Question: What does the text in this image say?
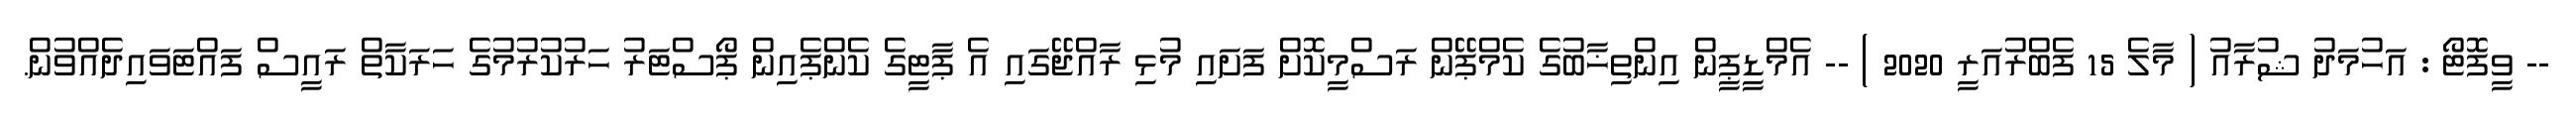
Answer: -- ވީފޮޓޯ : އަހުމަދު ޝުރާއު ( މާލެ 15 ފެބްރުއަރީ 2020 ) -- އެމްޑީޕީން އިންތިޚާބުގެ ކެމްޕޭން ރަސްމީކޮށް ފަށައި މުޅި ރާއްޖޭގައި އެ ޕާޓީގެ ކެންޕެއިން ޕޯސްޓަރު ހަރުކުރުމުގެ ހަރަކާތް ރައީސް ފައްޓަވައިދެއްވުން.